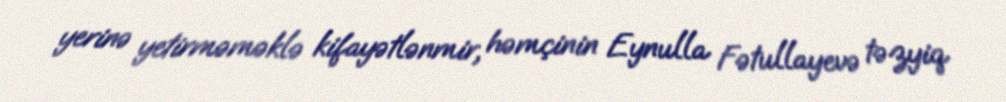
yerinə yetirməməklə kifayətlənmir, həmçinin Eynulla Fətullayevə təzyiq